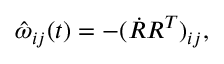
\begin{array} { r } { \hat { \omega } _ { i j } ( t ) = - ( \dot { R } R ^ { T } ) _ { i j } , } \end{array}